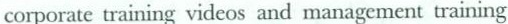
corporate training videos and management training